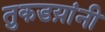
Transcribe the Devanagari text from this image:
तुकडय़ांनी